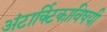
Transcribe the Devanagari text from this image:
अंटार्क्टिकाविषयी